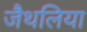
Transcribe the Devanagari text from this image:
जैथलिया